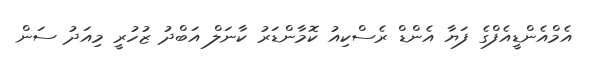
އެމްއެންޑީއެފްގެ ފަޔާ އެންޑް ރެސްކިއު ކޮމާންޑަރު ކާނަލް އަބްދު ޒުހުރީ މިއަދު ސަން